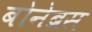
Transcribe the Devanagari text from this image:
बोनेब्रस